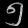
Digit: ၅